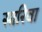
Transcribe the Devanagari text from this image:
सारिवा